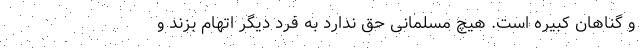
و گناهان کبیره است. هیچ مسلمانی حق ندارد به فرد دیگر اتهام بزند و